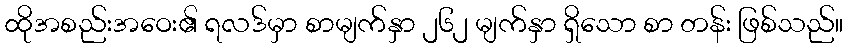
ထိုအစည်းအဝေး၏ ရလဒ်မှာ စာမျက်နှာ ၂၆၂ မျက်နှာ ရှိသော စာ တန်း ဖြစ်သည်။